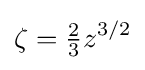
\zeta ={\tfrac {2}{3}}z^{3/2}